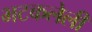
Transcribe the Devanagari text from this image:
भटकलेली